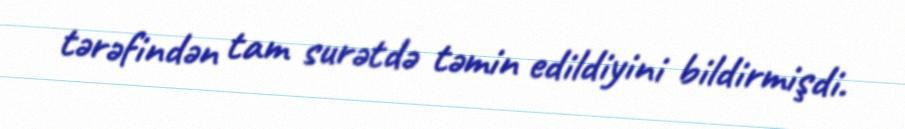
tərəfindən tam surətdə təmin edildiyini bildirmişdi.